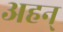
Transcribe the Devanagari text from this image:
अहन्